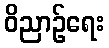
ဝိညာဉ်ရေး